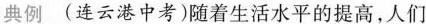
典例 (连云港中考)随着生活水平的提高，人们